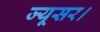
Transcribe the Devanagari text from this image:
ज्यूसर।